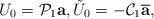
LaTeX: \begin{align*}U_0=\mathcal P_1\mbox{\bf a},\tilde U_0=-\mathcal C_1\overline{\mbox{\bf a}},\end{align*}